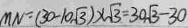
M N = ( 3 0 - 1 0 \sqrt { 3 } ) \times \sqrt { 3 } = 3 0 \sqrt { 3 } - 3 0